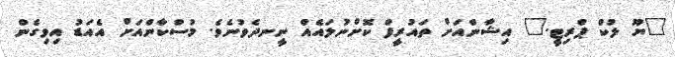
"ޔޫ ލުކް ޕްރިޓީ." އިޝާންއަށް ތައުރީފް ކޮށްނުލައެއް ނީނދެވުނެވެ. މުސްކާންއަށް އެއަޑު އިވިގެން